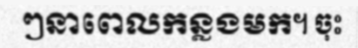
ៗនាពេលកន្លងមក។ ចុះ